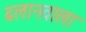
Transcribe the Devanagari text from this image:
ढलानवाला